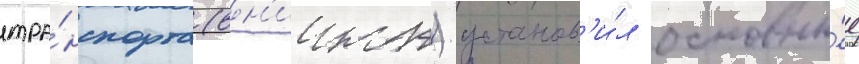
тра́нспорта (вн'иижт) установ'и́л основны́е